Report on vaccination in the Province of Bengal - 1874-1889
Year: 1874
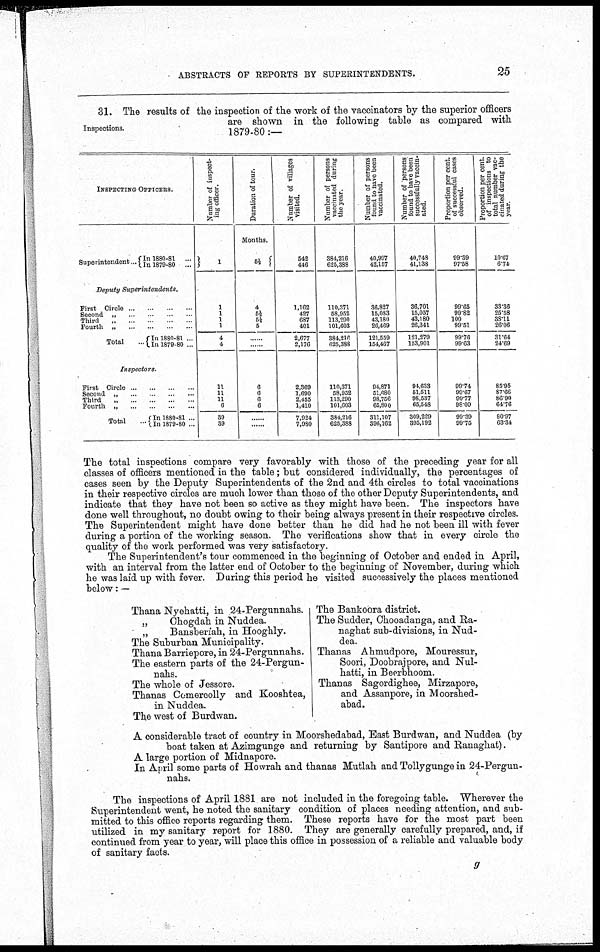
ABSTRACTS OF REPORTS BY SUPERINTENDENTS.
25
Inspections.
31. The results of the inspection of the work of the vaccinators by the superior officers
are shown in the following table as compared with
1879-80:—
INSPECTING OFFICERS.
Superintendent... In 1880-81 ...
In 1879-80 ...
Deputy
Superintendents.
First Circle... ... ... ...
Second„
...
...
...
...
Third
„
...
...
...
Fourth „
...
...
...
...
Total...
In 1880-81 ...
In 1879-80 ...
Inspectors.
First
Circle... ... ... ... ...
Second „ ... ... ... ...
Third „
...
...
...
...
Fourth „
...
...
...
Total...
In 1880-81 ...
In 1879-80 ...
Number of inspect-
ing officer.
1
1
1
1
1
4
4
11
11
11
6
39
39
Duration of tour.
Months.
5½
4
5½
5½ 5
......
......
6
6
6
6
......
......
Number of villages
visited.
542
446
1,162
427
687
401
2,677
2,176
2,369
1,690
2,455
1,410
7,924
7,980
Number of persons
vaccinated during
the year.
384,216
625,388
110,371
58,952
113,290
101,603
384,216
625,388
110,371 58,952 113,290 101,603
384,216
625,388
Number of persons
found to have been
vaccinated.
40,997
42,157
36,827
15,083
43,180
26,469
121,559
154,467
94,871
51,680
98,756
65,800
311,107
396,162
Number of persons
found to have been
successfully vaccin-
ated.
40,748
41,138
36,701
15,057
43,180
26,341
121,279
153,901
94,633
51,511
98,537
65,548
309,229
395,192
Proportion per cent.
of successful cases
observed.
99.39
97.58
99.65
99.82
100
99.51
99.76
99.63
99.74
99.67
99.77
98.09
99.39
99.75
Proportion per cent.
of inspections to
total number vac-
cinated during the
year.
10.67
6.74
33.36
25.58
38.11
26.06
31.64
24.69
85.95
87.66
86.90
64.76
80.97
63.34
The total inspections compare very favorably with those of the preceding year for all
classes of officers mentioned in the table; but considered individually, the percentages of
cases seen by the Deputy Superintendents of the 2nd and 4th circles to total vaccinations
in their respective circles are much lower than those of the other Deputy Superintendents, and
indicate that they have not been so active as they might have been. The inspectors have
done well throughout, no doubt owing to their being always present in their respective circles.
The Superintendent might have done better than he did had he not been ill with fever
during a portion of the working season. The verifications show that in every circle the
quality of the work performed was very satisfactory.
The Superintendent's tour commenced in the beginning of October and ended in April,
with an interval from the latter end of October to the beginning of November, during which
he was laid up with fever. During this period he visited successively the places mentioned
below: —
Thana Nyehatti, in 24-Pergunnahs.
„
Chogdah in Nuddea.
„
Bansberiah, in Hooghly.
The Suburban Municipality.
Thana Barriepore, in 24-Pergunnahs.
The eastern parts of the 24-Pergun-
nahs.
The whole of Jessore.
Thanas Comercolly and Kooshtea,
in Nuddea.
The west of Burdwan.
The Bankoora district.
The Sudder, Chooadanga, and Ra-
naghat sub-divisions, in Nud-
dea.
Thanas Ahmudpore, Mouressur,
Soori, Doobrajpore, and Nul-
hatti, in Beerbhoom.
Thanas Sagordighee, Mirzapore,
and Assanpore, in Moorshed-
abad.
A considerable tract of country in Moorshedabad, East Burdwan, and Nuddea (by
boat taken at Azimgunge and returning by Santipore and Ranaghat).
A large portion of Midnapore.
In April some parts of Howrah and thanas Mutlah and Tollygunge in 24-Pergun-
nahs.
The inspections of April 1881 are not included in the foregoing table. Wherever the
Superintendent went, he noted the sanitary condition of places needing attention, and sub-
mitted to this office reports regarding them. These reports have for the most part been
utilized in my sanitary report for 1880. They are generally carefully prepared, and, if
continued from year to year, will place this office in possession of a reliable and valuable body
of sanitary facts.
g